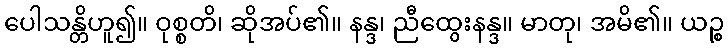
ပေါသန္တိဟူ၍။ ဝုစ္စတိ၊ ဆိုအပ်၏။ နန္ဒ၊ ညီထွေးနန္ဒ။ မာတု၊ အမိ၏။ ယဉ္စ